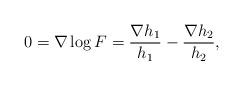
LaTeX: \begin{align*}0=\nabla\log F=\frac{\nabla h_1}{h_1}-\frac{\nabla h_2}{h_2},\end{align*}